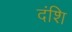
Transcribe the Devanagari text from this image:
दंशि